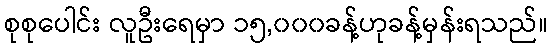
စုစုပေါင်း လူဦးရေမှာ ၁၅,၀၀၀ခန့်ဟုခန့်မှန်းရသည်။